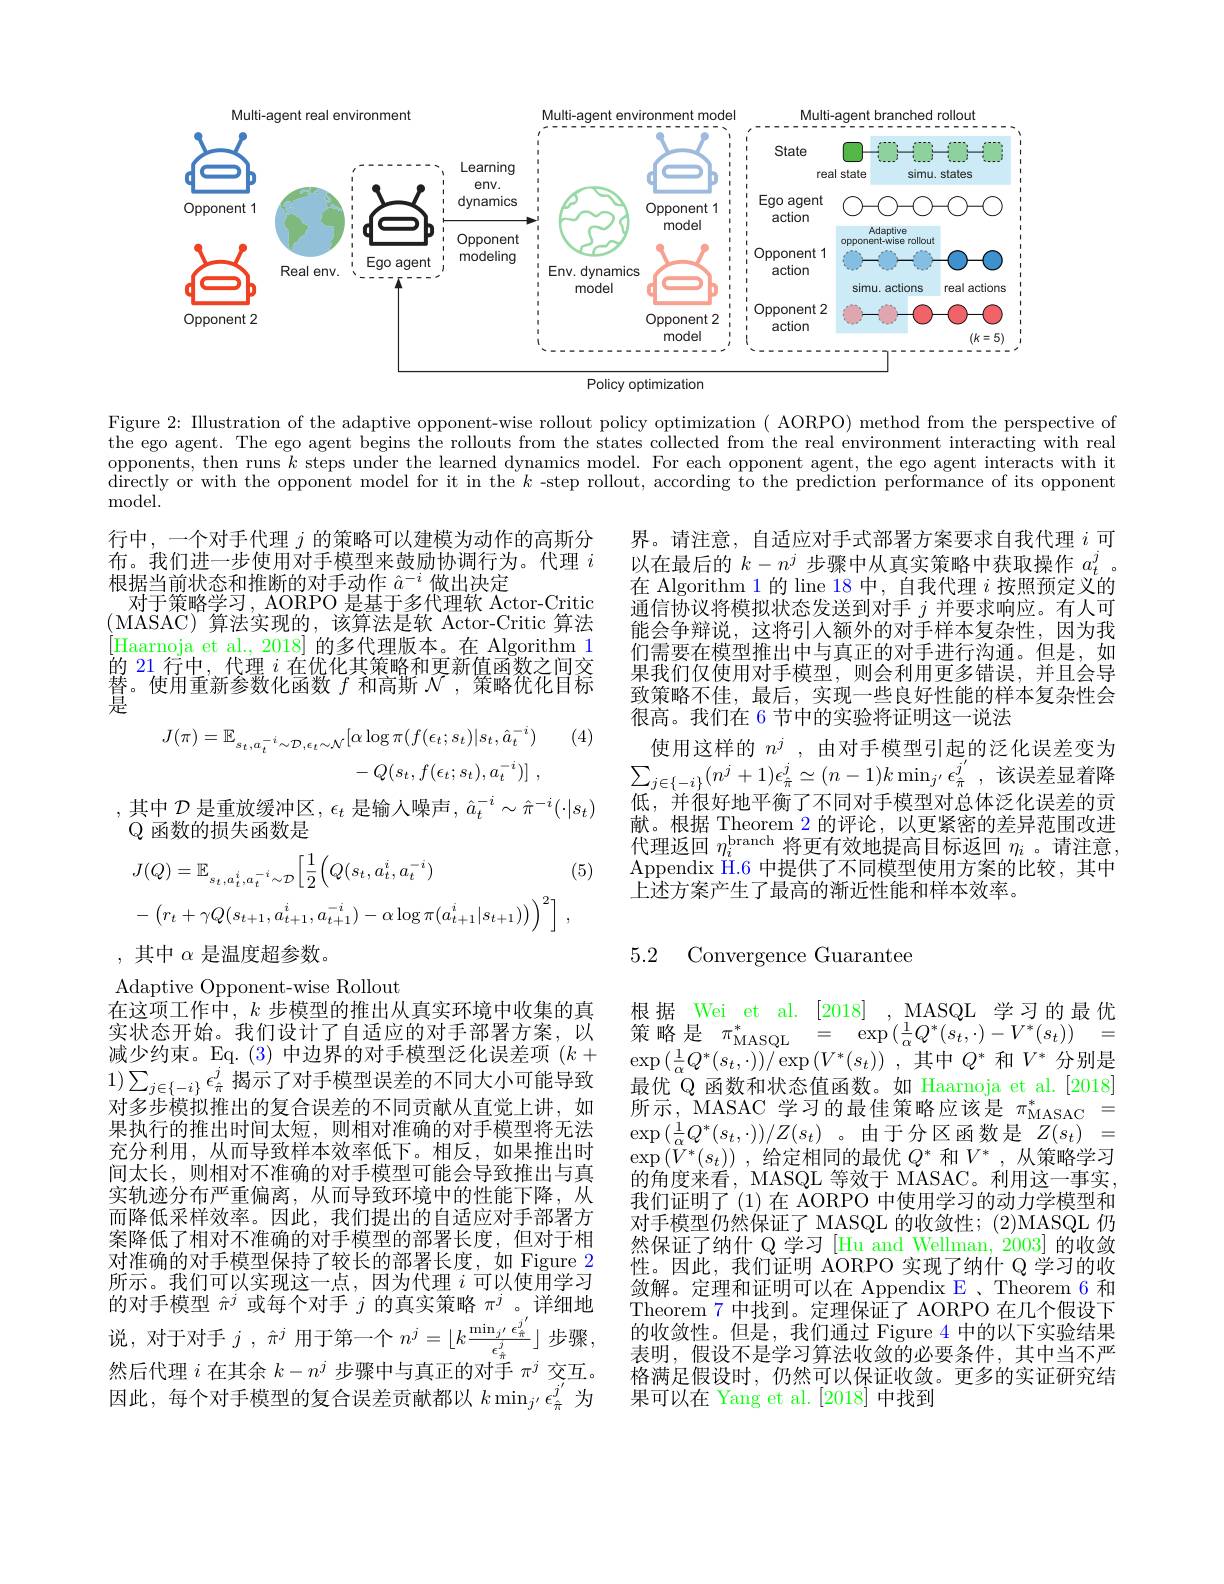
<FigureHere>

Figure 2: Illustration of the adaptive opponent-wise rollout policy optimization( AORPO) method from the perspective of the ego agent. The ego agent begins the rollouts from the states collected from the real environment interacting with real opponents, then runs $k$ steps under the learned dynamics model. For each opponent agent, the ego agent interacts with it $\bar{\text{directly or with the opponent model for it in the }k}$-step rollout, according to the prediction performance of its opponent ${\mathrm{model}}.$

行中，一个对手代理$j$的策略可以建模为动作的高斯分布。我们进一步使用对手模型来鼓励协调行为。代理$i$ 根据当前状态和推断的对手动作$\hat{a}^-i$做出决定
对于策略学习，AORPO 是基于多代理软 Actor-Critic (MASAC)算法实现的，该算法是软 Actor-Critic 算法[Haarnoja et al., 2018] 的多代理版本。在 Algorithm 1的 21 行中，代理$i$在优化其策略和更新值函数之间交替。使用重新参数化函数$f$和高斯$\widehat{\mathcal{N}}$,策略优化目标是

界。请注意，自适应对手式部署方案要求自我代理$i$可以在最后的$k-n^j$步骤中从真实策略中获取操作$a_t^j$。在 Algorithm 1 的 line 18 中，自我代理$i$按照预定义的$\bar{\text{通信协议将模拟状态发送到对手 }j\text{ 并要求响应。有人可}}$ 能会争辩说，这将引入额外的对手样本复杂性，因为我们需要在模型推出中与真正的对手进行沟通。但是，如果我们仅使用对手模型，则会利用更多错误，并且会导致策略不佳，最后，实现一些良好性能的样本复杂性会很高。我们在 6 节中的实验将证明这一说法
使用这样的$n^j$ ,由对手模型引起的泛化误差变为$\sum _{j\in \{ - i\} }( n^{j}+ 1) \epsilon _{\hat{\pi } }^{j}\simeq ( n- 1) k\min _{j^{\prime }}\epsilon _{\hat{\pi } }^{j^{\prime }}$ ,该误差显着降低，并很好地平衡了不同对手模型对总体泛化误差的贡献。根据 Theorem 2 的评论，以更紧密的差异范围改进代理返回$\eta_i^\mathrm{branch}$将更有效地提高目标返回$\eta_i$ 。请注意， Appendix H.6 中提供了不同模型使用方案的比较，其中上述方案产生了最高的渐近性能和样本效率。

(4)
$$\begin{aligned}J(\pi)=\mathbb{E}_{s_{t},a_{t}^{-i}\sim\mathcal{D},\epsilon_{t}\sim\mathcal{N}}[\alpha\log\pi(f(\epsilon_{t};s_{t})|s_{t},\hat{a}_{t}^{-i})\\&-Q(s_{t},f(\epsilon_{t};s_{t}),a_{t}^{-i})]\:,\end{aligned}$$
其中$\mathcal{D}$是重放缓冲区$,\epsilon_t$是输入噪声$,\hat{a}_t^-i\sim\hat{\pi}^{-i}(\cdot|s_t)$
$\mathbb{Q}$函数的损失函数是
$$\begin{aligned}&J(Q)=\mathbb{E}_{s_{t},a_{t}^{i},a_{t}^{-i}\sim\mathcal{D}}\Big[\frac{1}{2}\Big(Q(s_{t},a_{t}^{i},a_{t}^{-i})&\text{(}\\&-\left(r_{t}+\gamma Q(s_{t+1},a_{t+1}^{i},a_{t+1}^{-i})-\alpha\log\pi(a_{t+1}^{i}|s_{t+1}))\right)^{2}\Big]\:,\end{aligned}$$
,其中$\alpha$是温度超参数。

## 5.2 Convergence Guarantee

减少约束。Eq. ( 3) 中边界的对手模型泛化误差项$(k+$ $1) \sum _{j\in \{ - i\} }\epsilon _{\hat{\pi } }^{j}$ 揭 示 了 对 手 模 型 误 差 的 不 同 大 小 可 能 导 致 可 以 在 此 世 期 时 的 一 个 只 并 从 下 回 于 中 (1+当 )

根据 Wei et al. [2018] , MASQL 学习的最优$\begin{array}{rcl}\text{策略是}&\pi_{\mathrm{MASQL}}^{*}&=&\exp\left(\frac{1}{\alpha}Q^{*}\left(s_{t},\cdot\right)-V^{*}(s_{t})\right)&=\end{array}$ $\exp \left ( \frac 1\alpha Q^{* }( s_{t}, \cdot ) \right ) / \exp \left ( V^{* }( s_{t}) \right )$ ,其中$Q^{*}$和$V^{*}$分别是最优 Q 函数和状态值函数。如 Haarnoja et al.[2018] 所示，MASAC 学习的最佳策略应该是$\pi_\mathrm{MASAC}^*=$ $\exp\left(\frac{1}{\alpha}Q^{*}(s_{t},\cdot)\right)/Z(s_{t})$。由于分区函数是$Z(s_{t})=$ $\exp\left(\tilde{V}^{*}(s_{t})\right)$,给定相同的最优$Q^*$和$V^*$,从策略学习的角度来看，MASQL 等效于 MASAC。利用这一事实， 我们证明了(1)在 AORPO 中使用学习的动力学模型和对手模型仍然保证了 MASQL 的收敛性；(2)MASQL 仍然保证了纳什 Q 学习 [Hu and Wellman, 2003] 的收敛性。因此，我们证明 AORPO 实现了纳什 Q 学习的收敛解。定理和证明可以在 Appendix E 、Theorem 6 和Theorem 7 中找到。定理保证了 AORPO 在几个假设下的收敛性。但是，我们通过 Figure 4 中的以下实验结果表明，假设不是学习算法收敛的必要条件，其中当不严格满足假设时，仍然可以保证收敛。更多的实证研究结果可以在 Yang et al.[2018] 中找到

Adaptive Opponent-wise Rollout
在这项工作中，$k$步模型的推出从真实环境中收集的真实状态开始。我们设计了自适应的对手部署方案，以对多步模拟推出的复合误差的不同贡献从直觉上讲，如果执行的推出时间太短，则相对准确的对手模型将无法充分利用，从而导致样本效率低下。相反，如果推出时间太长，则相对不准确的对手模型可能会导致推出与真实轨迹分布严重偏离，从而导致环境中的性能下降，从而降低采样效率。因此，我们提出的自适应对手部署方案降低了相对不准确的对手模型的部署长度，但对于相对准确的对手模型保持了较长的部署长度，如 Figure 2所示。我们可以实现这一点，因为代理$i$可以使用学习的对手模型$\hat{\pi}^j$或每个对手$j$的真实策略$\pi^j$ 。详细地说，对于对手$j,\hat{\pi}^j$用于第一个$n^j=\lfloor k\frac{\min_{j^{\prime}}\epsilon_{\hat{\pi}}^{j^{\prime}}}{\epsilon_{\hat{\pi}}^{j}}\rfloor$步骤， 然后代理$i$在其余$k-n^j$步骤中与真正的对手$\pi^j$交互。因此，每个对手模型的复合误差贡献都以$k\min_{j^{\prime}}\epsilon_{\hat{\pi}}^{j^{\prime}}$为